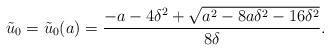
LaTeX: \begin{align*} \tilde{u}_0=\tilde{u}_0(a)=\frac{-a-4\delta^2+\sqrt{a^2-8a\delta^2-16\delta^2}}{8\delta}.\end{align*}